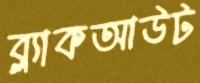
ব্ল্যাকআউট